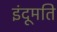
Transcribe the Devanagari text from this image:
इंदूमति